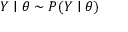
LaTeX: Y \mid \theta \sim P ( Y \mid \theta )